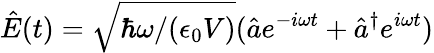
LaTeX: \hat{E}(t)=\sqrt{\hbar\omega/(\epsilon_{0}V)}(\hat{a}e^{-i\omega t}+\hat{a}^{\dagger}e^{i\omega t})